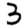
Digit: 3